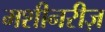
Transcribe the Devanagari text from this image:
मशीनरीज़